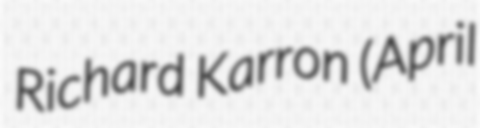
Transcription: Richard Karron (April